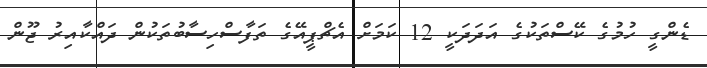
ޑެންގީ ހުމުގެ ކޭސްތަކުގެ އަދަދަކީ 12 ކަމަށް އެޗްޕީއޭގެ ތަފާސްހިސާބުތަކުން ދައްކާއިރު ޖޫން